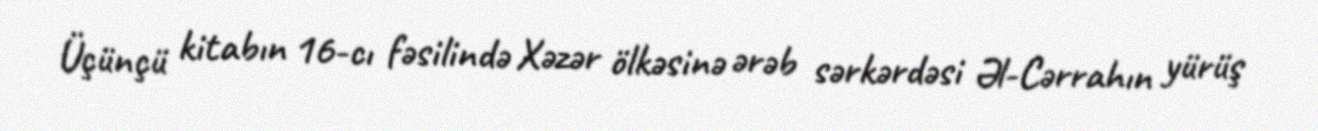
Üçünçü kitabın 16-cı fəsilində Xəzər ölkəsinə ərəb sərkərdəsi Əl-Cərrahın yürüş